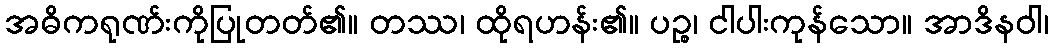
အဓိကရုဏ်းကိုပြုတတ်၏။ တဿ၊ ထိုရဟန်း၏။ ပဉ္စ၊ ငါပါးကုန်သော။ အာဒိနဝါ၊